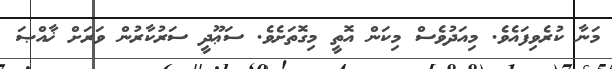
މަނާ ކުރެވިފައެވެ. މިއަދުވެސް މިކަން އޮތީ މިގޮތަށެވެ. ސަޢޫދީ ސަރުކާރުން ވަރަށް ޚާއްޞަ